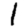
Digit: 1